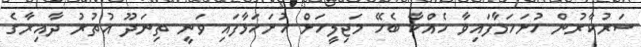
ސަރުކާރުން ހުށަހަޅާފައިވާ ހެއްކާ ބެހޭ މަޖިލީހަށް ހުށަހަޅާފައި ވަނީ ތިނަދޫ އުތުރު ދާއިރާގެ